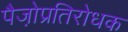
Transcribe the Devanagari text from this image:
पैजो़प्रतिरोधक